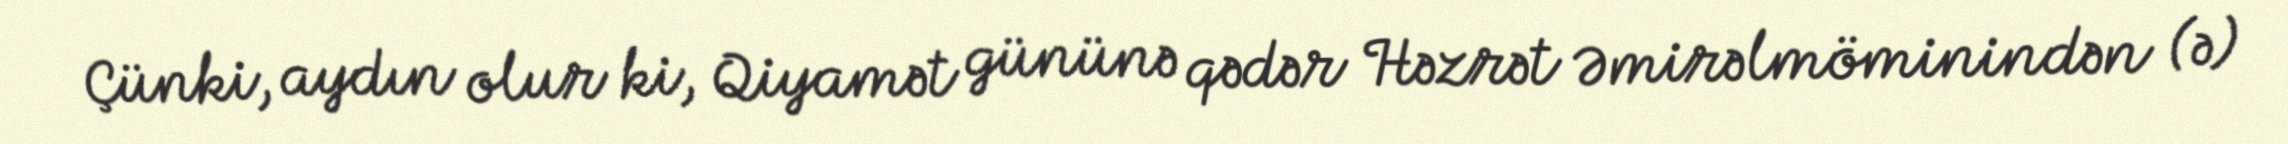
Çünki, aydın olur ki, Qiyamət gününə qədər Həzrət Əmirəlmöminindən (ə)